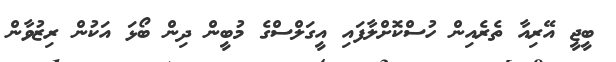
ބީޖީ އޭރިއާ ތެރެއިން ހުސްކޮށްލާފައި އީގަލްސްގެ މުބީން ދިން ބޯޅަ އަކުން ރިޒުވާން